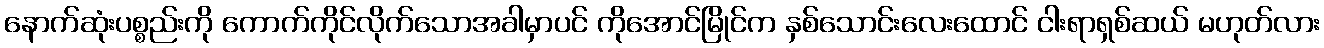
နောက်ဆုံးပစ္စည်းကို ကောက်ကိုင်လိုက်သောအခါမှာပင် ကိုအောင်မြိုင်က နှစ်သောင်းလေးထောင် ငါးရာရှစ်ဆယ် မဟုတ်လား